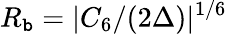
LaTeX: R_{\mathtt{b}}=|C_{6}/(2\Delta)|^{1/6}